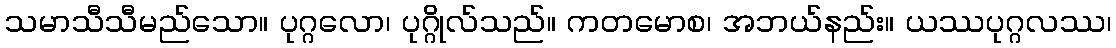
သမာသီသီမည်သော။ ပုဂ္ဂလော၊ ပုဂ္ဂိုလ်သည်။ ကတမောစ၊ အဘယ်နည်း။ ယဿပုဂ္ဂလဿ၊